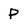
Character: P